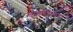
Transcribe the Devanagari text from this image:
काकवतिकानं